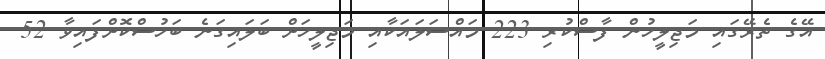
އޭގެ ތެރޭގައި މަޖިލީހުން ފާސްކުރި 223 މައްސަލައަކާއި މަޖިލީހަށް ބަލައިގަނެ ބަހުސްކޮށްފައިވާ 52